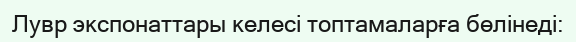
Лувр экспонаттары келесі топтамаларға бөлінеді: